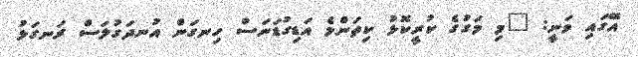
އޭގައި ވަނީ: "މި މަގުގެ ކުރީކޮޅު ކިތަންމެ އަޑިގުޑަނަސް ހިނގަން އުނދަގުލަސް ރަނގަޅު